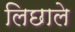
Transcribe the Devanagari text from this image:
लिछाले